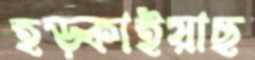
হড়্‌কাইয়াছ